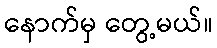
နောက်မှ တွေ့မယ်။